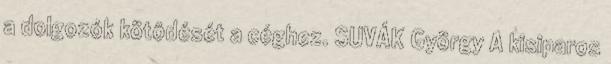
a dolgozók kötôdését a céghez. SUVÁK György A kisiparos